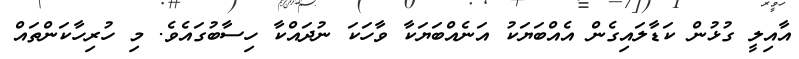
އާއިލީ ގުޅުން ކަޑާލައިގެން އެއްބަޔަކު އަނެއްބަޔަކާ ވާހަކަ ނުދައްކާ ހިސާބުގައެވެ. މި ހުރިހާކަންތައް